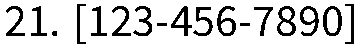
21. [123-456-7890]